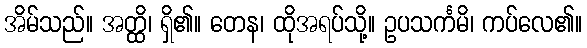
အိမ်သည်။ အတ္ထိ၊ ရှိ၏။ တေန၊ ထိုအရပ်သို့။ ဥပသင်္ကမိ၊ ကပ်လေ၏။